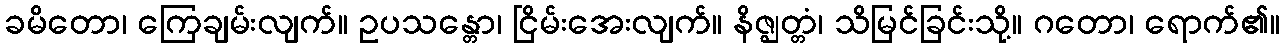
ခမိတော၊ ကြေချမ်းလျက်။ ဥပသန္တော၊ ငြိမ်းအေးလျက်။ နိဇ္ဈတ္တံ၊ သိမြင်ခြင်းသို့။ ဂတော၊ ရောက်၏။